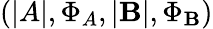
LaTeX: \left(|A|,\Phi_{A},|\mathbf{B}|,\Phi_{\mathbf{B}}\right)